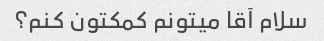
سلام آقا میتونم کمکتون کنم؟